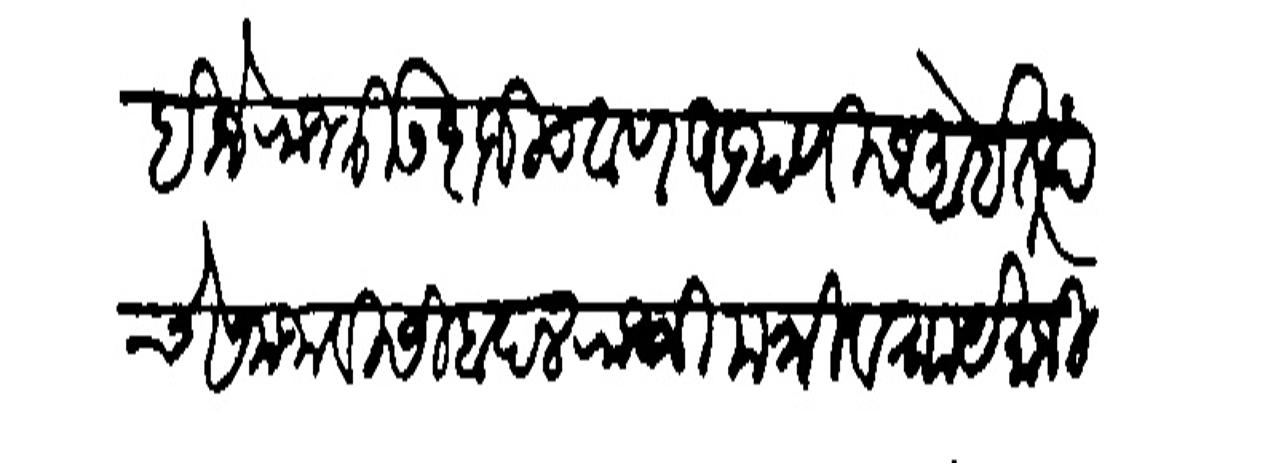
Transliteration (Devanagari): पाहिजे राजधी उदाजी चवाण अथणीस आहेत त्यांचे समजाविसीबदल राजश्री मंत्री व रा येमाजी